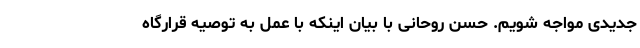
جدیدی مواجه شویم. حسن روحانی با بیان اینکه با عمل به توصیه قرارگاه